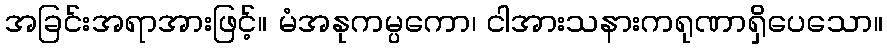
အခြင်းအရာအားဖြင့်။ မံအနုကမ္ပကော၊ ငါအားသနားကရုဏာရှိပေသော။